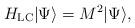
LaTeX: \begin{align*}H_{\rm LC}|\Psi\rangle=M^2|\Psi\rangle,\end{align*}